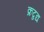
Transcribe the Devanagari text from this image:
क्रद्वद्य